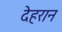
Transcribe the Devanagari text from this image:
देहरान